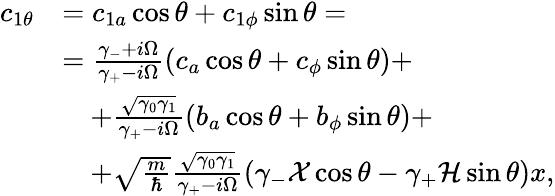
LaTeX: \begin{array}{rl}{c_{1\theta}}&{=c_{1a}\cos\theta+c_{1\phi}\sin\theta=}\\ &{=\frac{\gamma_{-}+i\Omega}{\gamma_{+}-i\Omega}\left(c_{a}\cos\theta+c_{\phi}\sin\theta\right)+}\\ &{\quad+\frac{\sqrt{\gamma_{0}\gamma_{1}}}{\gamma_{+}-i\Omega}\left(b_{a}\cos\theta+b_{\phi}\sin\theta\right)+}\\ &{\quad+\sqrt{\frac{m}{\hbar}}\frac{\sqrt{\gamma_{0}\gamma_{1}}}{\gamma_{+}-i\Omega}\left(\gamma_{-}\mathcal{X}\cos\theta-\gamma_{+}\mathcal{H}\sin\theta\right)x,}\end{array}